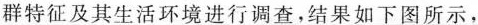
群特征及其生活环境进行调查，结果如下图所示，